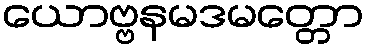
ယောဗ္ဗနမဒမတ္တော